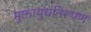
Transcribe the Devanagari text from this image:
मुक्तायुधनिरूपण